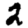
Digit: 2